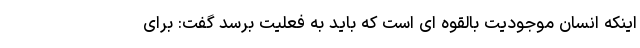
اینکه انسان موجودیت بالقوه ای است که باید به فعلیت برسد گفت: برای